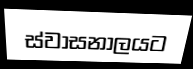
ස්වාසනාලයට